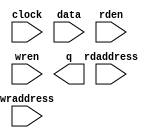
// megafunction wizard: %RAM: 2-PORT%VBB%
// GENERATION: STANDARD
// VERSION: WM1.0
// MODULE: altsyncram 

// ============================================================
// Megafunction Name(s):
// 			altsyncram
//
// Simulation Library Files(s):
// 			altera_mf
// ============================================================
// ************************************************************
// THIS IS A WIZARD-GENERATED FILE. DO NOT EDIT THIS FILE!
//
// 17.1.0 Build 590 10/25/2017 SJ Lite Edition
// ************************************************************

//Copyright (C) 2017  Intel Corporation. All rights reserved.
//Your use of Intel Corporation's design tools, logic functions 
//and other software and tools, and its AMPP partner logic 
//functions, and any output files from any of the foregoing 
//(including device programming or simulation files), and any 
//associated documentation or information are expressly subject 
//to the terms and conditions of the Intel Program License 
//Subscription Agreement, the Intel Quartus Prime License Agreement,
//the Intel FPGA IP License Agreement, or other applicable license
//agreement, including, without limitation, that your use is for
//the sole purpose of programming logic devices manufactured by
//Intel and sold by Intel or its authorized distributors.  Please
//refer to the applicable agreement for further details.

module RAM_2PORT (
	clock,
	data,
	rdaddress,
	rden,
	wraddress,
	wren,
	q);

	input	  clock;
	input	[7:0]  data;
	input	[4:0]  rdaddress;
	input	  rden;
	input	[4:0]  wraddress;
	input	  wren;
	output	[7:0]  q;
`ifndef ALTERA_RESERVED_QIS
// synopsys translate_off
`endif
	tri1	  clock;
	tri1	  rden;
	tri0	  wren;
`ifndef ALTERA_RESERVED_QIS
// synopsys translate_on
`endif

endmodule

// ============================================================
// CNX file retrieval info
// ============================================================
// Retrieval info: PRIVATE: ADDRESSSTALL_A NUMERIC "0"
// Retrieval info: PRIVATE: ADDRESSSTALL_B NUMERIC "0"
// Retrieval info: PRIVATE: BYTEENA_ACLR_A NUMERIC "0"
// Retrieval info: PRIVATE: BYTEENA_ACLR_B NUMERIC "0"
// Retrieval info: PRIVATE: BYTE_ENABLE_A NUMERIC "0"
// Retrieval info: PRIVATE: BYTE_ENABLE_B NUMERIC "0"
// Retrieval info: PRIVATE: BYTE_SIZE NUMERIC "8"
// Retrieval info: PRIVATE: BlankMemory NUMERIC "1"
// Retrieval info: PRIVATE: CLOCK_ENABLE_INPUT_A NUMERIC "0"
// Retrieval info: PRIVATE: CLOCK_ENABLE_INPUT_B NUMERIC "0"
// Retrieval info: PRIVATE: CLOCK_ENABLE_OUTPUT_A NUMERIC "0"
// Retrieval info: PRIVATE: CLOCK_ENABLE_OUTPUT_B NUMERIC "0"
// Retrieval info: PRIVATE: CLRdata NUMERIC "0"
// Retrieval info: PRIVATE: CLRq NUMERIC "0"
// Retrieval info: PRIVATE: CLRrdaddress NUMERIC "0"
// Retrieval info: PRIVATE: CLRrren NUMERIC "0"
// Retrieval info: PRIVATE: CLRwraddress NUMERIC "0"
// Retrieval info: PRIVATE: CLRwren NUMERIC "0"
// Retrieval info: PRIVATE: Clock NUMERIC "0"
// Retrieval info: PRIVATE: Clock_A NUMERIC "0"
// Retrieval info: PRIVATE: Clock_B NUMERIC "0"
// Retrieval info: PRIVATE: IMPLEMENT_IN_LES NUMERIC "0"
// Retrieval info: PRIVATE: INDATA_ACLR_B NUMERIC "0"
// Retrieval info: PRIVATE: INDATA_REG_B NUMERIC "0"
// Retrieval info: PRIVATE: INIT_FILE_LAYOUT STRING "PORT_B"
// Retrieval info: PRIVATE: INIT_TO_SIM_X NUMERIC "0"
// Retrieval info: PRIVATE: INTENDED_DEVICE_FAMILY STRING "Cyclone 10 LP"
// Retrieval info: PRIVATE: JTAG_ENABLED NUMERIC "0"
// Retrieval info: PRIVATE: JTAG_ID STRING "NONE"
// Retrieval info: PRIVATE: MAXIMUM_DEPTH NUMERIC "0"
// Retrieval info: PRIVATE: MEMSIZE NUMERIC "256"
// Retrieval info: PRIVATE: MEM_IN_BITS NUMERIC "0"
// Retrieval info: PRIVATE: MIFfilename STRING ""
// Retrieval info: PRIVATE: OPERATION_MODE NUMERIC "2"
// Retrieval info: PRIVATE: OUTDATA_ACLR_B NUMERIC "0"
// Retrieval info: PRIVATE: OUTDATA_REG_B NUMERIC "1"
// Retrieval info: PRIVATE: RAM_BLOCK_TYPE NUMERIC "0"
// Retrieval info: PRIVATE: READ_DURING_WRITE_MODE_MIXED_PORTS NUMERIC "2"
// Retrieval info: PRIVATE: READ_DURING_WRITE_MODE_PORT_A NUMERIC "3"
// Retrieval info: PRIVATE: READ_DURING_WRITE_MODE_PORT_B NUMERIC "3"
// Retrieval info: PRIVATE: REGdata NUMERIC "1"
// Retrieval info: PRIVATE: REGq NUMERIC "1"
// Retrieval info: PRIVATE: REGrdaddress NUMERIC "1"
// Retrieval info: PRIVATE: REGrren NUMERIC "1"
// Retrieval info: PRIVATE: REGwraddress NUMERIC "1"
// Retrieval info: PRIVATE: REGwren NUMERIC "1"
// Retrieval info: PRIVATE: SYNTH_WRAPPER_GEN_POSTFIX STRING "0"
// Retrieval info: PRIVATE: USE_DIFF_CLKEN NUMERIC "0"
// Retrieval info: PRIVATE: UseDPRAM NUMERIC "1"
// Retrieval info: PRIVATE: VarWidth NUMERIC "0"
// Retrieval info: PRIVATE: WIDTH_READ_A NUMERIC "8"
// Retrieval info: PRIVATE: WIDTH_READ_B NUMERIC "8"
// Retrieval info: PRIVATE: WIDTH_WRITE_A NUMERIC "8"
// Retrieval info: PRIVATE: WIDTH_WRITE_B NUMERIC "8"
// Retrieval info: PRIVATE: WRADDR_ACLR_B NUMERIC "0"
// Retrieval info: PRIVATE: WRADDR_REG_B NUMERIC "0"
// Retrieval info: PRIVATE: WRCTRL_ACLR_B NUMERIC "0"
// Retrieval info: PRIVATE: enable NUMERIC "0"
// Retrieval info: PRIVATE: rden NUMERIC "1"
// Retrieval info: LIBRARY: altera_mf altera_mf.altera_mf_components.all
// Retrieval info: CONSTANT: ADDRESS_ACLR_B STRING "NONE"
// Retrieval info: CONSTANT: ADDRESS_REG_B STRING "CLOCK0"
// Retrieval info: CONSTANT: CLOCK_ENABLE_INPUT_A STRING "BYPASS"
// Retrieval info: CONSTANT: CLOCK_ENABLE_INPUT_B STRING "BYPASS"
// Retrieval info: CONSTANT: CLOCK_ENABLE_OUTPUT_B STRING "BYPASS"
// Retrieval info: CONSTANT: INTENDED_DEVICE_FAMILY STRING "Cyclone 10 LP"
// Retrieval info: CONSTANT: LPM_TYPE STRING "altsyncram"
// Retrieval info: CONSTANT: NUMWORDS_A NUMERIC "32"
// Retrieval info: CONSTANT: NUMWORDS_B NUMERIC "32"
// Retrieval info: CONSTANT: OPERATION_MODE STRING "DUAL_PORT"
// Retrieval info: CONSTANT: OUTDATA_ACLR_B STRING "NONE"
// Retrieval info: CONSTANT: OUTDATA_REG_B STRING "CLOCK0"
// Retrieval info: CONSTANT: POWER_UP_UNINITIALIZED STRING "FALSE"
// Retrieval info: CONSTANT: RDCONTROL_REG_B STRING "CLOCK0"
// Retrieval info: CONSTANT: READ_DURING_WRITE_MODE_MIXED_PORTS STRING "DONT_CARE"
// Retrieval info: CONSTANT: WIDTHAD_A NUMERIC "5"
// Retrieval info: CONSTANT: WIDTHAD_B NUMERIC "5"
// Retrieval info: CONSTANT: WIDTH_A NUMERIC "8"
// Retrieval info: CONSTANT: WIDTH_B NUMERIC "8"
// Retrieval info: CONSTANT: WIDTH_BYTEENA_A NUMERIC "1"
// Retrieval info: USED_PORT: clock 0 0 0 0 INPUT VCC "clock"
// Retrieval info: USED_PORT: data 0 0 8 0 INPUT NODEFVAL "data[7..0]"
// Retrieval info: USED_PORT: q 0 0 8 0 OUTPUT NODEFVAL "q[7..0]"
// Retrieval info: USED_PORT: rdaddress 0 0 5 0 INPUT NODEFVAL "rdaddress[4..0]"
// Retrieval info: USED_PORT: rden 0 0 0 0 INPUT VCC "rden"
// Retrieval info: USED_PORT: wraddress 0 0 5 0 INPUT NODEFVAL "wraddress[4..0]"
// Retrieval info: USED_PORT: wren 0 0 0 0 INPUT GND "wren"
// Retrieval info: CONNECT: @address_a 0 0 5 0 wraddress 0 0 5 0
// Retrieval info: CONNECT: @address_b 0 0 5 0 rdaddress 0 0 5 0
// Retrieval info: CONNECT: @clock0 0 0 0 0 clock 0 0 0 0
// Retrieval info: CONNECT: @data_a 0 0 8 0 data 0 0 8 0
// Retrieval info: CONNECT: @rden_b 0 0 0 0 rden 0 0 0 0
// Retrieval info: CONNECT: @wren_a 0 0 0 0 wren 0 0 0 0
// Retrieval info: CONNECT: q 0 0 8 0 @q_b 0 0 8 0
// Retrieval info: GEN_FILE: TYPE_NORMAL RAM_2PORT.v TRUE
// Retrieval info: GEN_FILE: TYPE_NORMAL RAM_2PORT.inc FALSE
// Retrieval info: GEN_FILE: TYPE_NORMAL RAM_2PORT.cmp FALSE
// Retrieval info: GEN_FILE: TYPE_NORMAL RAM_2PORT.bsf FALSE
// Retrieval info: GEN_FILE: TYPE_NORMAL RAM_2PORT_inst.v FALSE
// Retrieval info: GEN_FILE: TYPE_NORMAL RAM_2PORT_bb.v TRUE
// Retrieval info: LIB_FILE: altera_mf